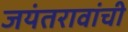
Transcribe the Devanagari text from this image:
जयंतरावांची